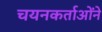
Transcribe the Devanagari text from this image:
चयनकर्ताओंने